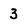
Character: 3